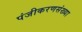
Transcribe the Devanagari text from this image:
पंजीकरणसंख्या